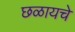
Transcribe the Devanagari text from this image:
छळायचे